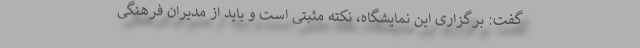
گفت: برگزاری این نمایشگاه، نکته مثبتی است و باید از مدیران فرهنگی